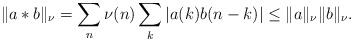
LaTeX: \begin{align*}\| a*b \|_\nu=\sum_n \nu(n)\sum_k |a(k)b(n-k)|\le \|a\|_\nu\|b\|_\nu.\end{align*}